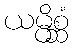
ယမ္ပိစ္ဆံ